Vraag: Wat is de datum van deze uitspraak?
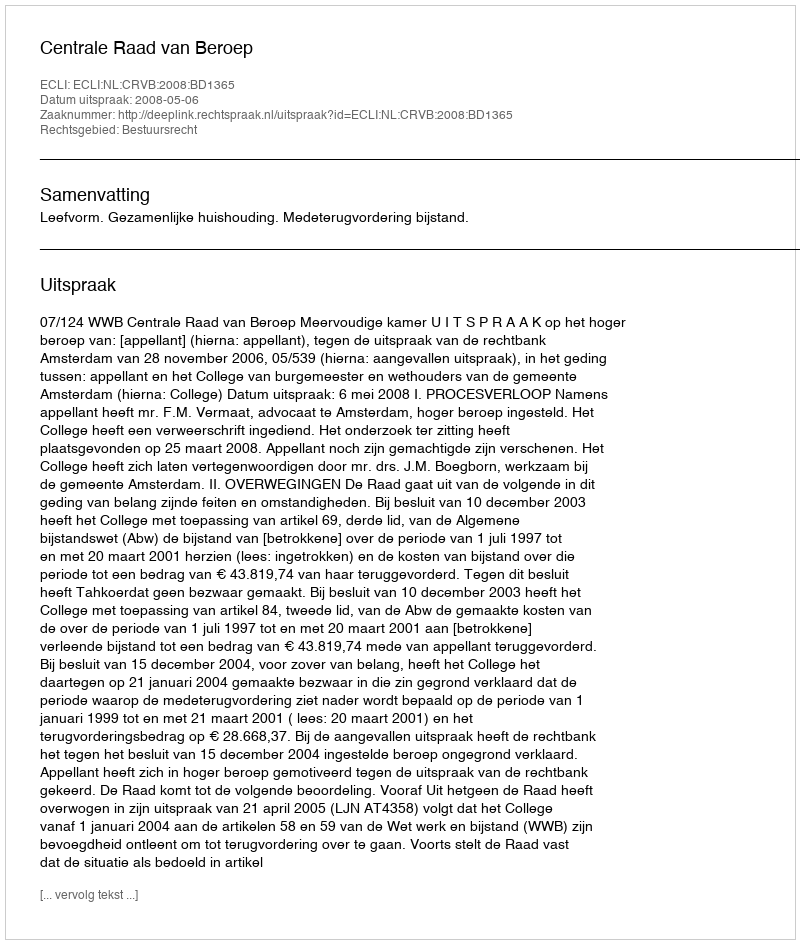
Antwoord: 2008-05-06